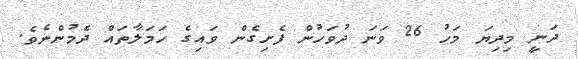
ދަނީ މިދިޔަ މަހު 26 ވަނަ ދުވަހުން ފެށިގެން ވައިގެ ހަމަލާތައް ދެމުންނެވެ.